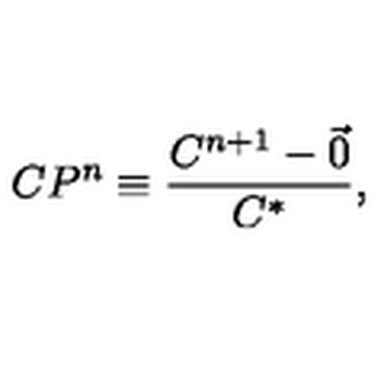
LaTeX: C P ^ { n } \equiv \frac { C ^ { n + 1 } - \vec { 0 } } { C ^ { * } } ,